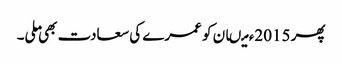
پھر 2015ء میںان کو عمرے کی سعادت بھی ملی۔